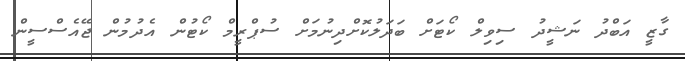
ގާޒީ އަބްދު ނަޝީދު ސިވިލް ކޯޓަށް ބަދަލުކޮށްދިނުމަށް ސުޕްރީމް ކޯޓުން އެދުމުން ޖޭއެސްސީން